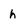
Character: h